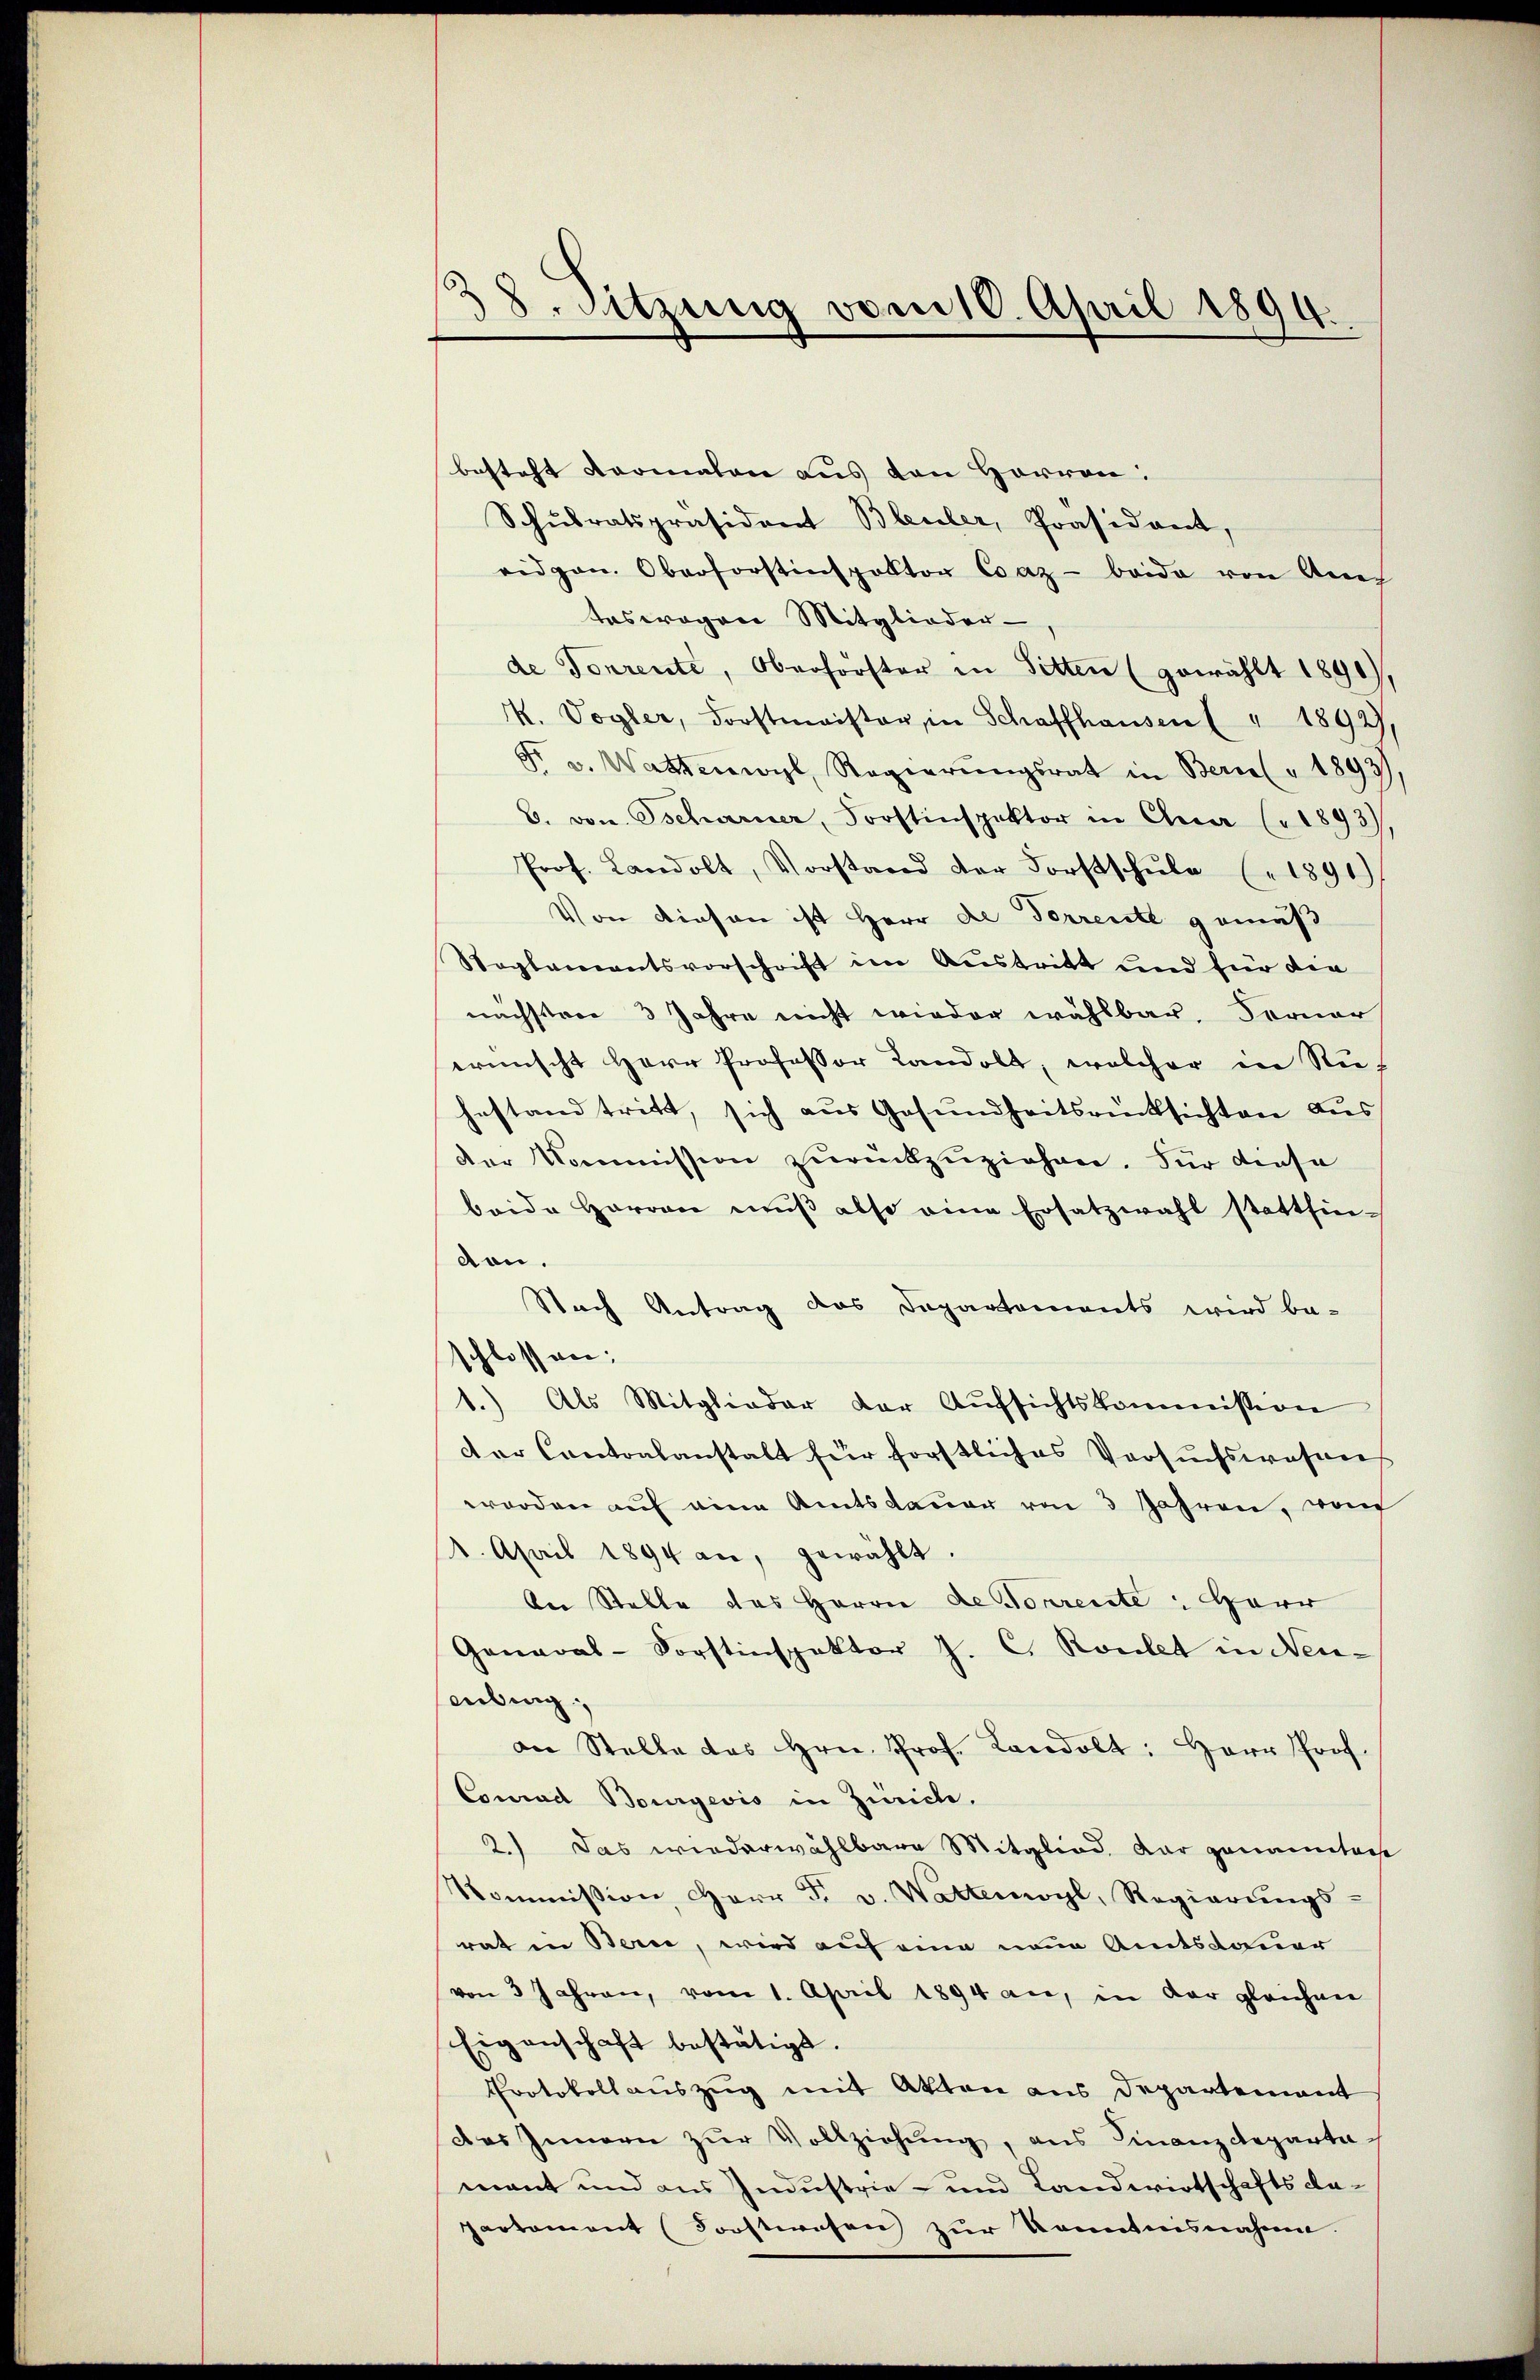
38. Sitzung vom 10. April 1894.

besteht dermalen aus den Herren:
Schŭlratspräsident Bleuler, Präsidant,
ridgen. Oberforstinspektor Coaz- beide von Anre
teswegen Mitglieder-
de Tonrente, Oberförster in Sitten (gewählt 1890),
M. Vogler, Forstmeister, in Schaffhausen ( " 18927,
dr. v. Wastenwyl, Regierŭngsrat in Bernel " 1893)
b. von Tscharner, Forstinspektor in Quer (1893),
Prof. Landolt, Vorstand der Forstschŭle (1891
Von diesen ist Herr de Ferrente gemäß
Reglementsvorschrift im Austritt und für die
nächstere 3 Jahre nicht wieder wählbar. Ferner
wünscht Herr Professor Landolt, welcher in Ruhestand tritt, sich aus Gesundheitsrücksichten Aus
der Kommission zurückzuziehen. Für diese
beide Herren mŭβ also eine Ersatzwahl stattfin-
don.
Nach Antrag das Departements wird be-
schlossen:
1.) Als Mitglieder der Aŭfsichtskommission
der Cantonsanstalt für forstliches Versuchswohners
werden auf eine Amtsdauer von 3 Jahren, von
4. April 1894 an, gewählt.
An Stelle des Herrn de Forrente Herr
General-Forstinspektor J. C. Roulet in Neu-
ebing;
an Stelle des Hrn. Prof. Landolt: Herr Prof.
Conrad Bourgeois in Zürich.
2.) Das wiederwählbare Mitglied, dar genamten
Kommission, Herr F. v. Wattenwyl, Regierŭngs-
rat in Bern, wird auf eine neue Amtsdauer
von 3 Jahren, vom 1. April 1894 an, in der gleichen
Eigenschaft bestätigt.
Protokollauszug mit Akten aus Departement
Das Innern zŭr Vollziehung, aus Finanzdeparta
mant und aus Industrie- und Landwirtschafts da-
partament (Forstwesen zŭr Kenntnisnahme.